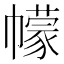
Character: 幪